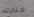
جنازتك